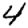
Digit: 4